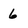
Character: 6